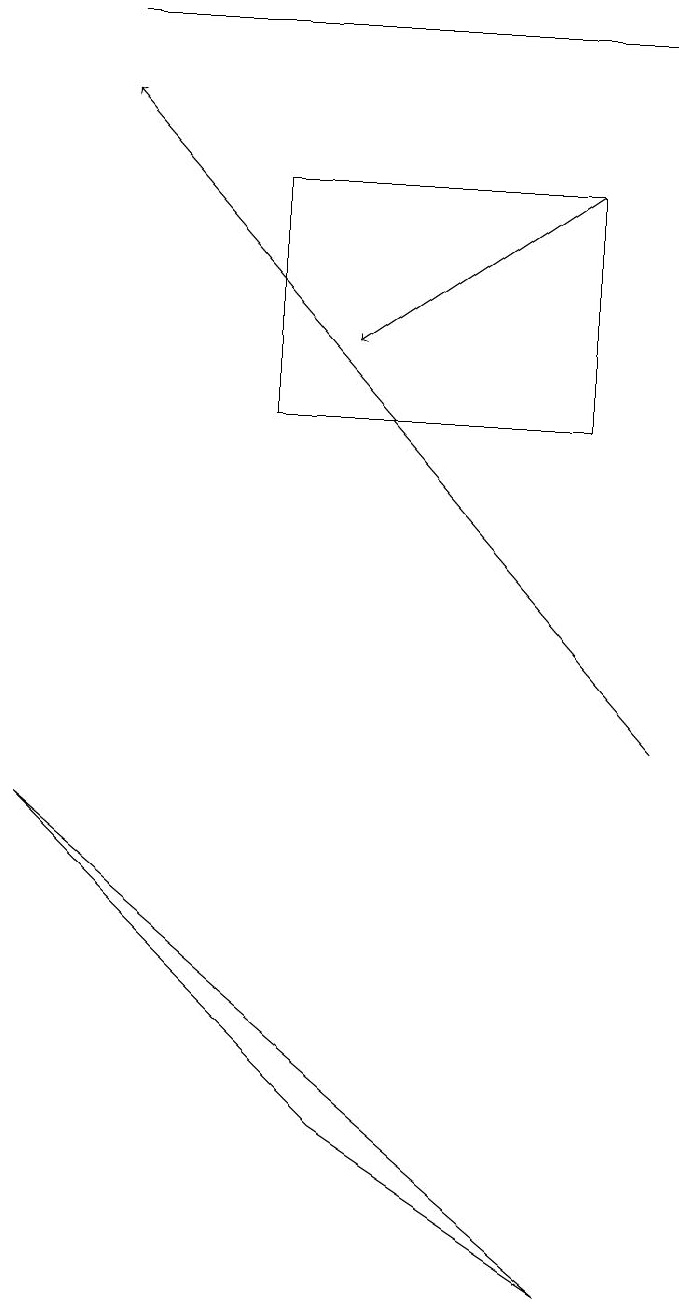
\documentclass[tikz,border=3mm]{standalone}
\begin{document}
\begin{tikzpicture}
\draw[->] (7,17) -- (4,15);
\draw (7,3) -- (0,9) -- (4,5) -- cycle;
\draw (8,19) rectangle (1,19);
\draw (7,17) rectangle (3,14);
\draw[->] (8,10) -- (1,18);
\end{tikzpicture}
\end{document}